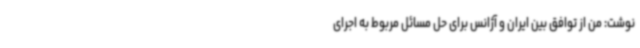
نوشت: من از توافق بین ایران و آژانس برای حل مسائل مربوط به اجرای